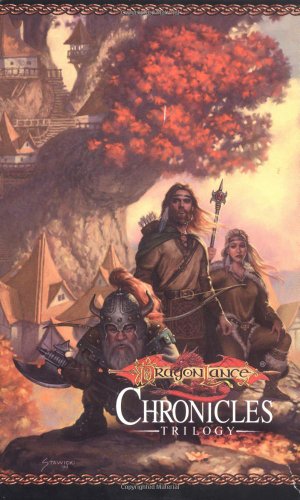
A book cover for Dragonlance Chronicles Trilogy Gift Set; Margaret Weis; Science Fiction & Fantasy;